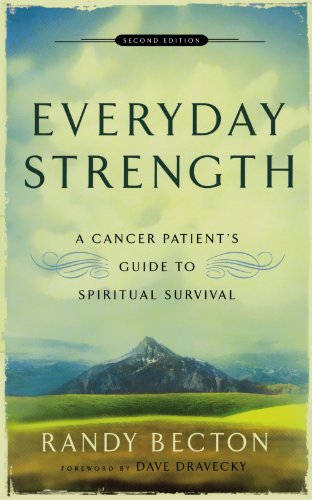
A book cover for Everyday Strength: A Cancer Patient's Guide to Spiritual Survival; Randy Becton; Health, Fitness & Dieting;